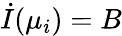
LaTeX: \dot{I}(\mu_{i})=B